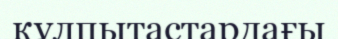
құлпытастардағы